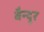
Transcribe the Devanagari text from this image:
बैन्दूर